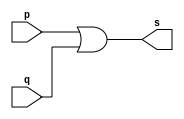
// ------------------------- 
// Exemplo0004 - OR
// Nome: Rama Alvim Sales Schiavo 
// ------------------------- 
// ------------------------- 
// -- or gate
// ------------------------- 
module orgate (output s, input p,  input q); 
assign s = p | q;  
endmodule // orgate 
// ------------------------- 
// -- test or gate 
// ------------------------- 
module testorgate; 
// ------------------------- dados locais 
reg a,b; // definir registradores
wire s; // definir conexao (fio) 
// (variavel dependente ) 
// ------------------------- instancia 
orgate OR1 (s, a, b); 
// ------------------------- preparacao 
initial begin:start 
a=0; b=0;
end 
// ------------------------- parte principal 
initial begin
	$display("Exemplo 0004 - Rama Alvim Sales Schiavo - 305056"); 
	$display("Test OR gate:"); 
	$display("\na & b =s\n"); 
	a=0; b=0;
#1 $display("%b & %b = %b", a, b, s);
	a=0; b=1;
#1 $display("%b & %b = %b", a, b, s);
	a=1; b=0;
#1 $display("%b & %b = %b", a, b, s);
	a=1; b=1;
#1 $display("%b & %b = %b", a, b, s);

end 
endmodule // testbuffer